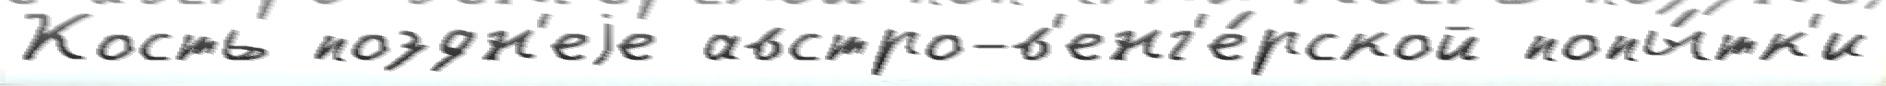
Кость поздн'еjе австро-в'енг'е́рской попы́тк'и